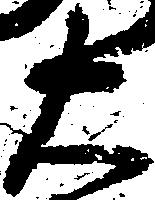
右